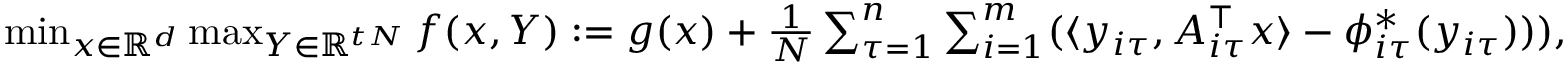
\begin{array} { r } { \operatorname* { m i n } _ { x \in \mathbb { R } ^ { d } } \operatorname* { m a x } _ { Y \in \mathbb { R } ^ { t N } } f ( x , Y ) \; { : = } \; g ( x ) + \frac { 1 } { N } \sum _ { \tau = 1 } ^ { n } \sum _ { i = 1 } ^ { m } ( \langle y _ { i \tau } , A _ { i \tau } ^ { \top } x \rangle - \phi _ { i \tau } ^ { * } ( y _ { i \tau } ) ) ) , } \end{array}